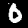
Digit: 0